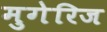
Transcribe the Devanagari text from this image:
मुगेरिज